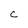
Character: c